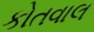
કોતવાલ